Civil Veterinary Department. United Provinces 1912-22 - 1912-1922
Year: 1912
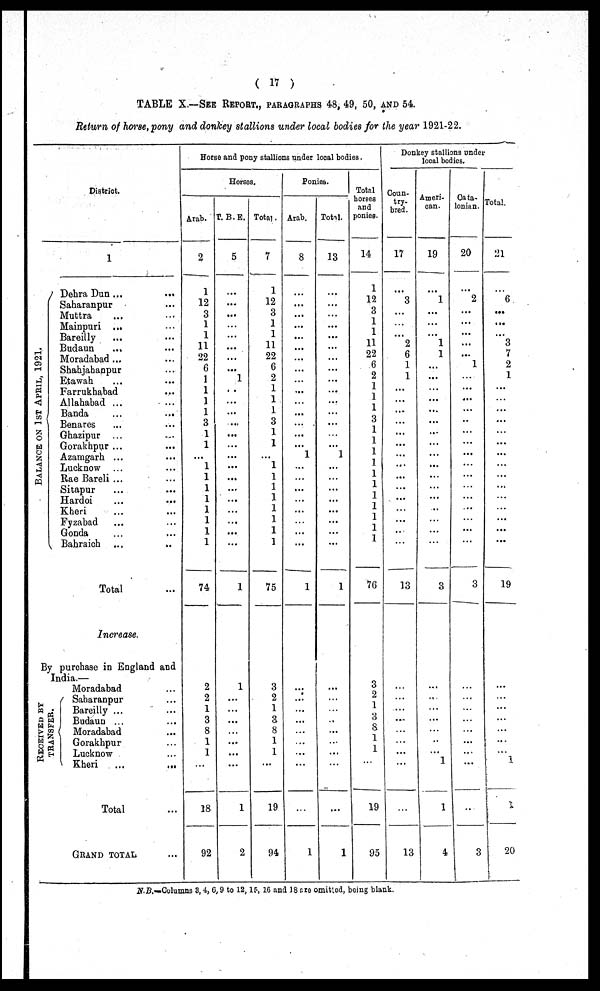
( 17 )
TABLE X.—SEE REPORT., PARAGRAPHS 48, 49, 50, AND 54.
Return of horse, pony and donkey stallions under local bodies for the year 1921-22.
District.
1
BALANCE ON 1ST APRI L, 1921.
Dehra Dun ...
Saharanpur ...
Muttra ... ...
Mainpuri ... ...
Bareilly ... ...
Budaun ... ...
Moradabad ... ...
Shahjabanpur ...
Etawah ... ...
Farrukhabad ...
Allahabad ...
Band ... ...
Benares ... ...
Ghazipur ... ...
Gorakhpur ... ...
Azamgarh ... ...
Lucknow ... ...
Rae Bareli ... ...
Sitapur ... ...
Hardoi ... ...
Kheri ... ...
Fyzabad ... ...
Gonda ... ...
Bahraich ... ...
Total ...
Increase ...
By purchase in England and
India.—
RECEIVED BY
TRANSFER.
Moradabad ...
Saharanpur ...
Bareilly ... ...
Budaun ... ...
Moradabad ...
Gorakhpur ...
Lucknow ...
Kheri ... ...
Total ...
GRANG TOTAL ...
Horse and pony stallions under local bodies.
Horses.
Arab.
2
1
12
3
1
1
11
22
6
1
1
1
1
3
1
1
...
1
1
1
1
1
1
1
1
74
2
2
1
3
8
1
1
...
18
92
T. B. E.
5
...
...
...
...
...
...
...
...
1
...
...
...
...
...
...
...
...
...
...
...
...
...
...
...
1
1
...
...
...
...
...
...
...
1
2
Total.
7
1
12
3
1
1
11
22
6
2
1
1
1
3
1
1
...
1
1
1
1
1
1
1
1
75
3
2
1
3
8
1
1
...
19
94
Ponies.
Arab.
8
...
...
...
...
...
...
...
...
...
...
...
...
...
...
...
1
...
...
...
...
...
...
...
...
1
...
...
...
...
...
...
...
...
...
1
Total.
13
...
...
...
...
...
...
...
...
...
...
...
...
...
...
...
1
...
...
...
...
...
...
...
...
1
...
...
...
...
...
...
...
...
...
1
Total
horses
and
ponies.
14
1
12
3
1
1
11
22
6
A
1
1
1
3
1
1
1
...
1
1
1
1
1
1
I
1
76
3
2
1
3
8
1
1
...
19
95
Donkey stallions under
local bodies.
Coun-
try-
bred.
17
...
3
...
...
...
2
6
1
1
...
...
...
...
...
...
...
...
...
...
...
...
...
...
...
13
...
...
...
...
...
...
...
...
...
13
Ameri-
can.
19
...
1
...
...
...
1
1
...
...
...
...
...
... ...
...
... ...
...
...
...
...
...
...
...
3
...
...
...
...
...
...
...
1
1
4
Cata-
lonian.
20
...
2
...
...
...
...
...
1
...
...
...
...
...
...
...
...
...
...
...
...
...
...
...
3
...
...
...
...
...
...
...
...
...
3
Total.
21
...
6
...
...
...
3
7
2
1
...
...
...
... ...
...
...
...
...
...
...
...
...
...
...
19
...
...
...
...
...
...
...
1
1
20
N.B.—Columns 3, 4, 6, 9 to 12, 15, 16 and 18 are omitted, being blank.